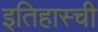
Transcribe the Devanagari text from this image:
इतिहास्ची